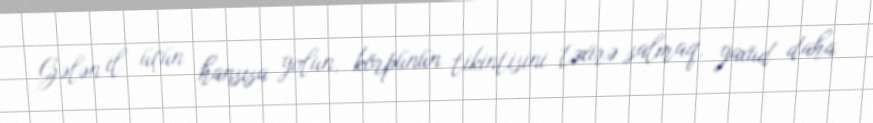
Gələn il üçün hansısa yolun, körpünün tikintisini təxirə salmaq, yaxud daha